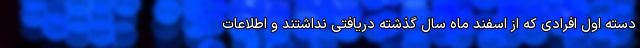
دسته اول افرادی که از اسفند ماه سال گذشته دریافتی نداشتند و اطلاعات